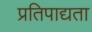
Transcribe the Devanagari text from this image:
प्रतिपाद्यता